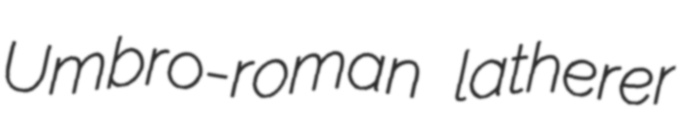
Umbro-roman latherer